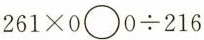
$$2 6 1 \times 0 \circ 0 \div 2 1 6$$